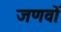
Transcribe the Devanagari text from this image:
जणवों